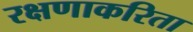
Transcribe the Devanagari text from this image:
रक्षणाकरिता